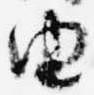
由